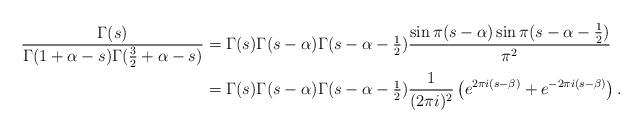
LaTeX: \begin{align*}\frac{\Gamma(s)}{\Gamma(1+\alpha-s) \Gamma(\frac{3}{2}+\alpha -s)}& = \Gamma(s) \Gamma(s-\alpha) \Gamma(s-\alpha-\tfrac{1}{2})\frac{\sin \pi (s-\alpha) \sin \pi(s-\alpha-\frac{1}{2})}{\pi^2} \\& =\Gamma(s) \Gamma(s-\alpha) \Gamma(s-\alpha-\tfrac{1}{2})\frac{1}{(2\pi i)^2} \left(e^{2\pi i(s-\beta)} + e^{-2\pi i(s-\beta)} \right).\end{align*}